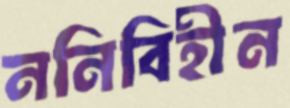
ননিবিহীন